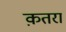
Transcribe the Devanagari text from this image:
क़तरा